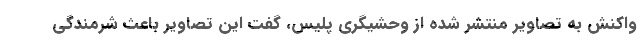
واکنش به تصاویر منتشر شده از وحشیگری پلیس، گفت این تصاویر باعث شرمندگی